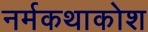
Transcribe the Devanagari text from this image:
नर्मकथाकोश